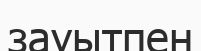
зауытпен